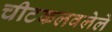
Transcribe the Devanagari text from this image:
चीटकलवलेले